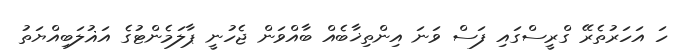
ހަ އަހަރުތެރޭ ގްރީސްގައި ފަސް ވަނަ އިންތިޚާބެއް ބާއްވަން ޖެހުނީ ޕާލަމެންޓުގެ އަޣުލަބިއްޔަތު